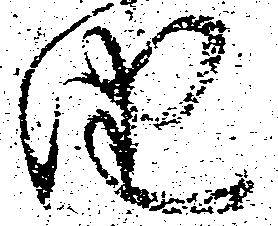
由